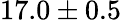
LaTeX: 17.0\pm 0.5